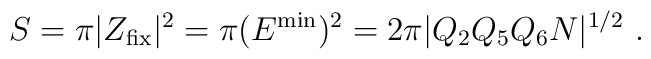
S= \pi |Z_{\rm fix}|^2 = \pi (E^{\rm min})^2 = 2\pi  |Q_2 Q_5 Q_6 N|^{1/2} \ .